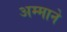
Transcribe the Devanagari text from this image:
अम्माने